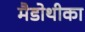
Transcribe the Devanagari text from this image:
मैडोथीका